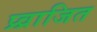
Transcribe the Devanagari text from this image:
प्र्व्राजित